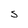
Character: S